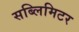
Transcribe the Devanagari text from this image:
सब्लिमिटर